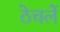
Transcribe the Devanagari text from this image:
ठेचलें